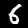
Label: 6